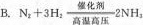
B.Nz+3H：高压2NH